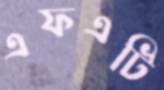
এফএটি